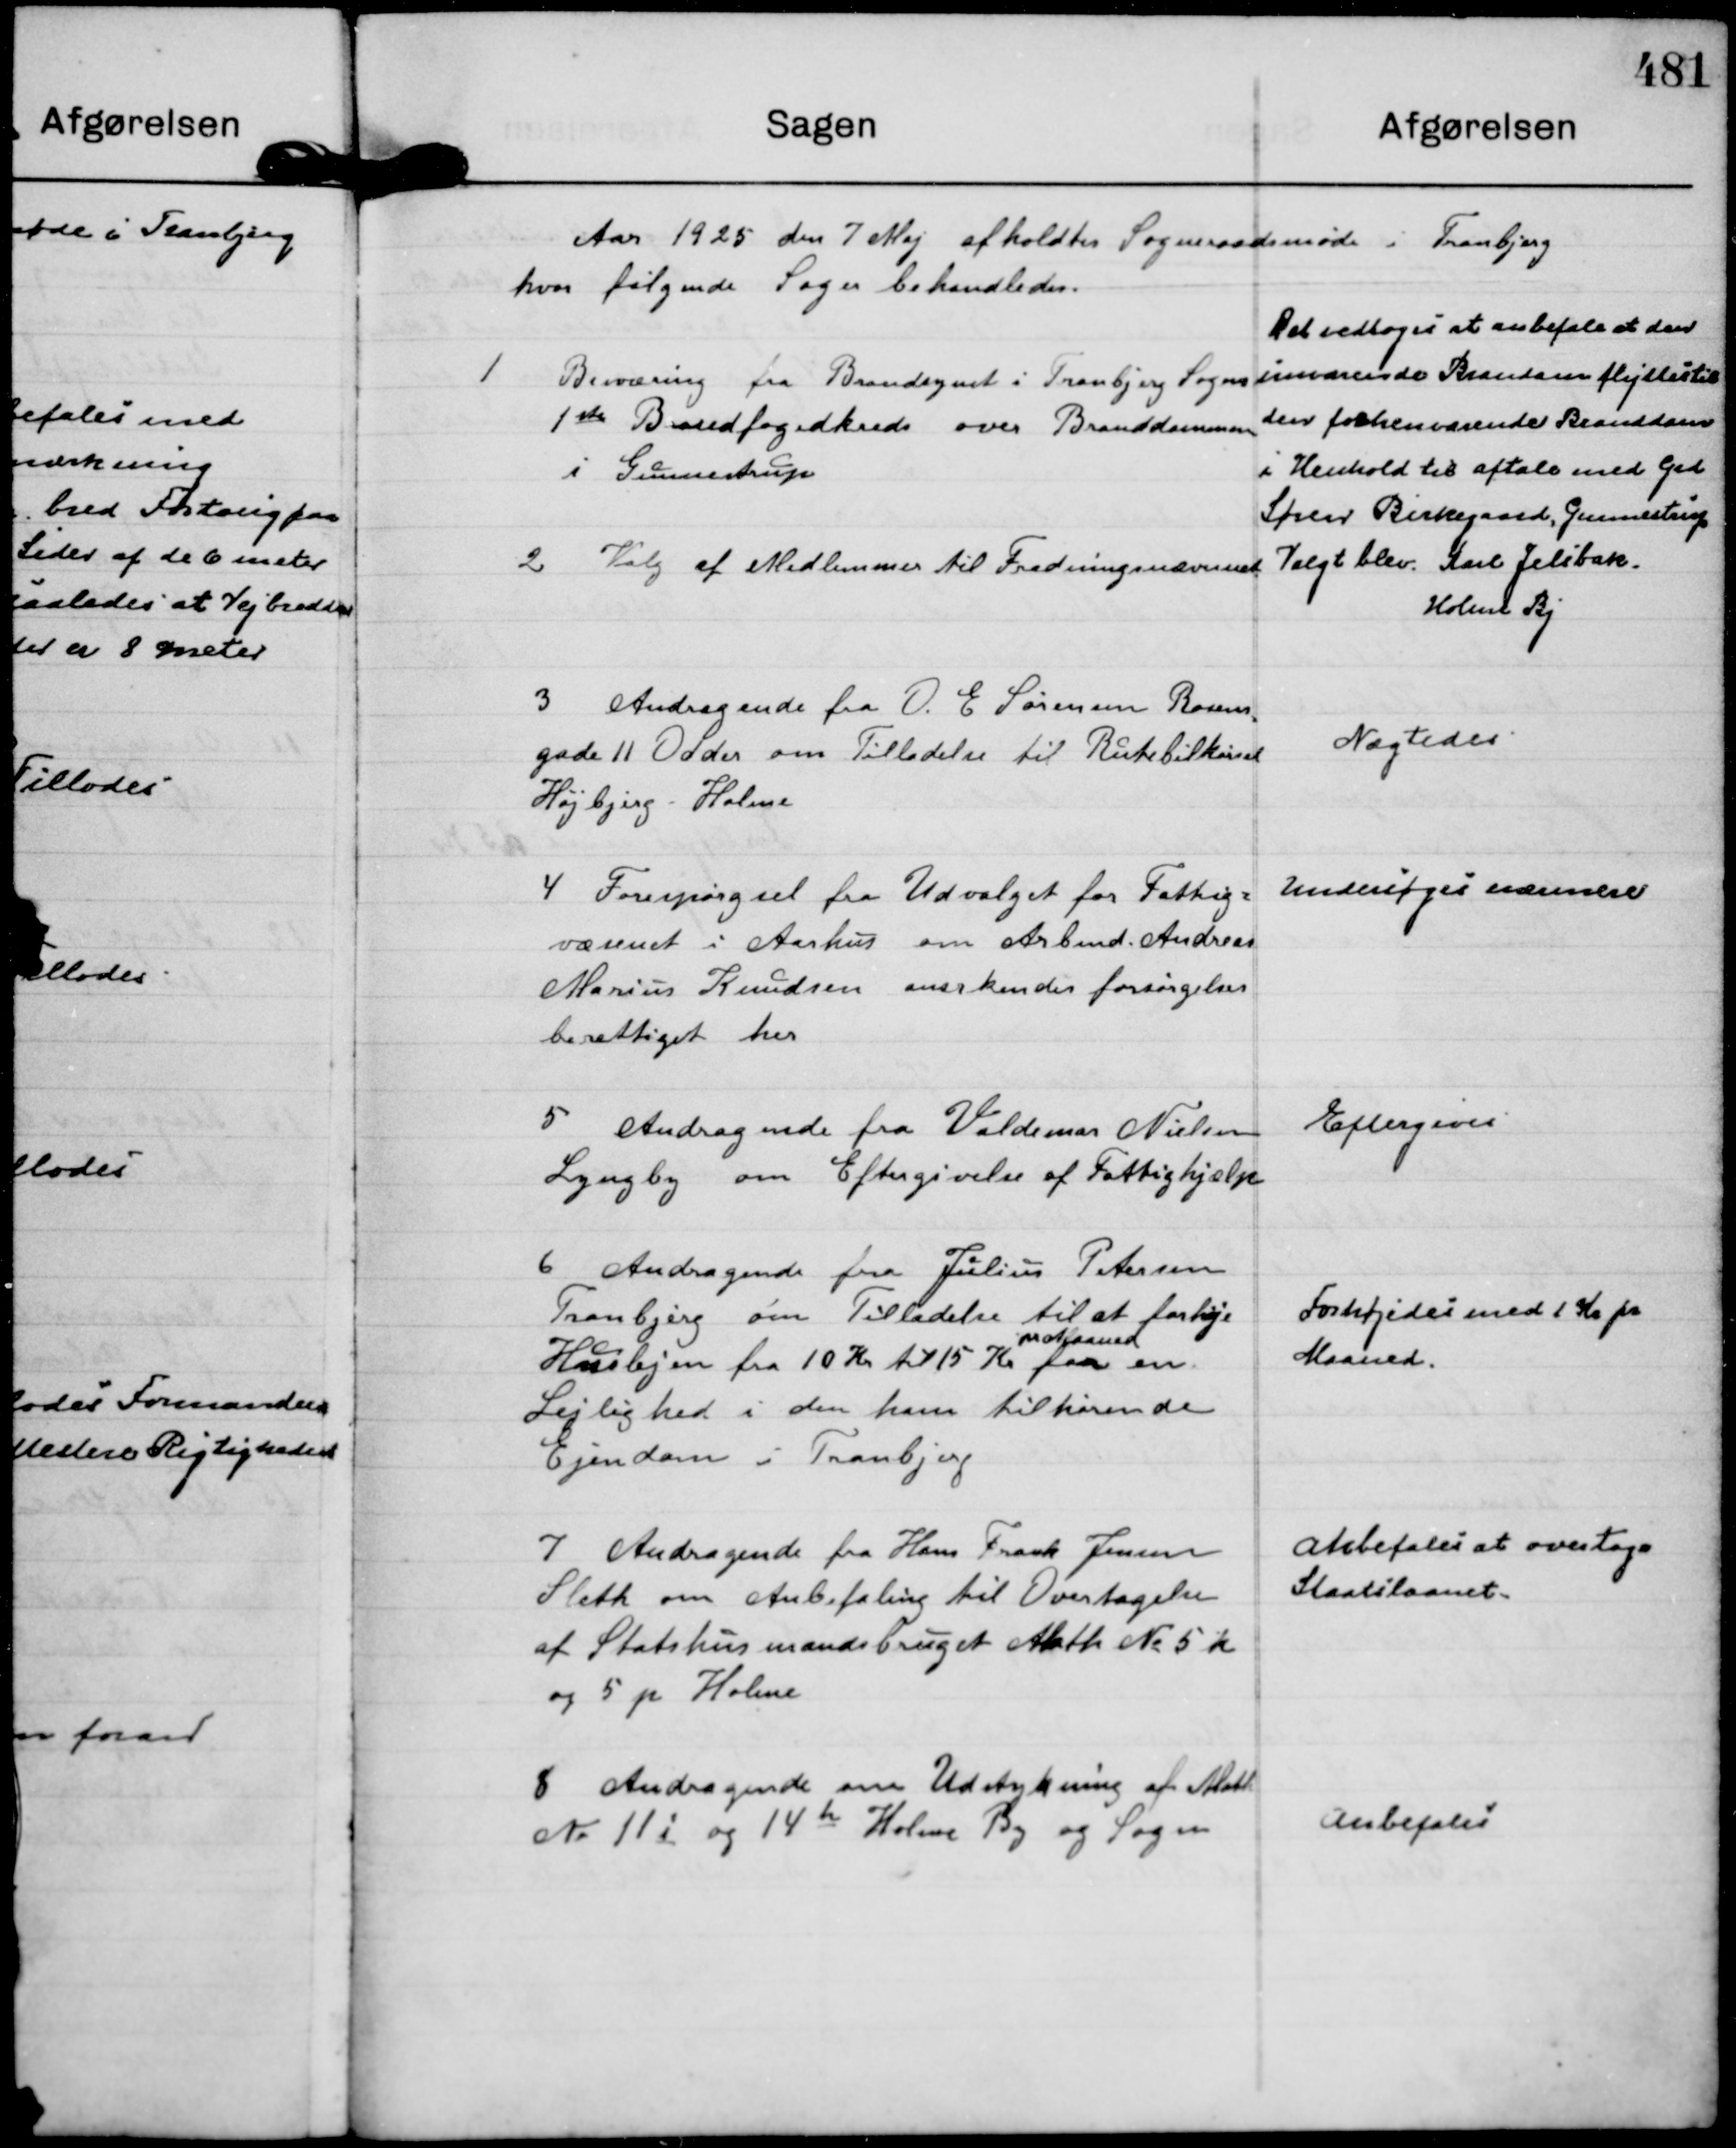
Transskription:
Aar 1925 den 7 Maj afholdtes Sogneraadsmøde i Tranbjerg
hvor følgende Sager behandledes.

1
Besværing fra Brandsynet i Tranbjeg Sogns
1 ste Brandfogedkreds over Branddammen
i Gunnestrup

Det vedtoges at anbefale at den
nuværende Brandam flyttes til
den forhenværende Branddam
i Henhold til aftale med Grd
Søren Birkegaard, Gunnestrup

2
Valg af Medlemmer til Fredningsnævnnet

Valgt blev. Karl Jelsbak.
Holme Bj

3
Andragende fra O. E Sørensen Rosens=
gade 11 Odder om Tilladelse til Rutebilkørsel
Højbjerg - Holme

Nægtedes.

4
Forespørgsel fra Udvalget for Fattig=
væsenet i Aarhus om Arbmd. Andreas
Marius Knudsen anerkendes forsørgelses
berettiget her

Undersøges nærmere

5
Andragende fra Valdemar Nielsen
Lyngby om Eftergivelse af Fattighjælp

Eftergives

6
Andragende fra Julius Petersen
Tranbjerg om Tilladelse til at forhøje
Huslejen fra 10 Kr til 15 Kr
pr Maaned
for en
Lejlighed i den ham tilhørende
Ejendom i Tranbjerg

Forhøjedes med 1 Kr pr
Maaned.

7
Andragende fra Hans Frank Jensen
Sleth om Anbefaling til Overtagelse
af Statshusmandsbruget Math No 5 k  
og 5 p Holme

Anbefales at overtage
Statslaanet.

8
Andragende om Udstykning af Math
No 11 i og 14 h Holme By og Sogn

Anbefales